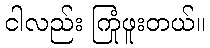
ငါလည်း ကြုံဖူးတယ်။